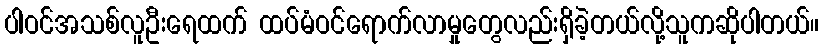
ပါဝင်အသစ်လူဦးရေထက် ထပ်မံဝင်ရောက်လာမှုတွေလည်းရှိခဲ့တယ်လို့သူကဆိုပါတယ်။